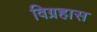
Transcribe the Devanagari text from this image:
विग्रहास